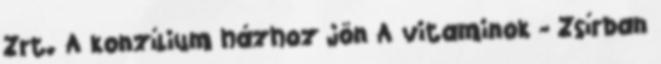
Zrt. A konzílium házhoz jön A vitaminok - Zsírban